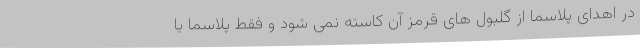
در اهدای پلاسما از گلبول های قرمز آن کاسته نمی شود و فقط پلاسما یا